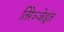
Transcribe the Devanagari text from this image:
तिरेञ्जेडूंत